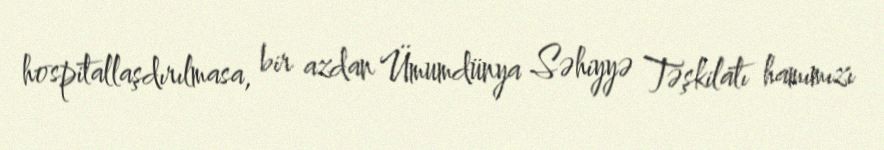
hospitallaşdırılmasa, bir azdan Ümumdünya Səhiyyə Təşkilatı hamımızı